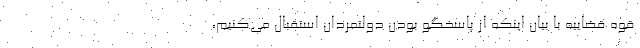
قوه قضاییه با بیان اینکه از پاسخگو بودن دولتمردان استقبال می‌کنیم،